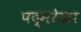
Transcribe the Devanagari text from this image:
पद्मरेखा